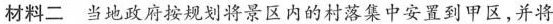
材料二 当地政府按规划将景区内的村落集中安置到甲区，并将